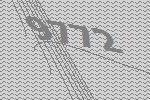
9772